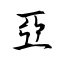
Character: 亞